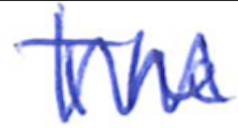
Text: The
Cross-out: mix
Writing tool: ballpoint